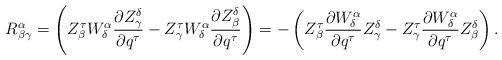
LaTeX: \begin{align*}R^\alpha_{\beta\gamma}=\left(Z^\tau_\beta W^\alpha_\delta \frac{\partial Z^\delta_\gamma}{\partial q^\tau}-Z^\tau_\gamma W^\alpha_\delta \frac{\partial Z^\delta_\beta}{\partial q^\tau}\right)=-\left(Z^\tau_\beta \frac{\partial W^\alpha_\delta}{\partial q^\tau}Z^\delta_\gamma -Z^\tau_\gamma \frac{\partial W^\alpha_\delta}{\partial q^\tau}Z^\delta_\beta\right). \end{align*}